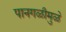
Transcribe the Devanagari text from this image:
पानगळीमुळे